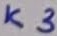
Text: K3